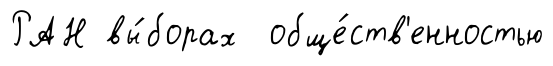
РАН вы́борах обще́ств'енностью